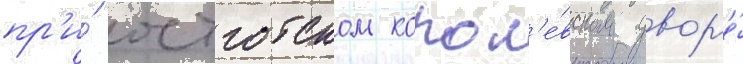
пр'и́ остготском корол'е́вском двор'е́